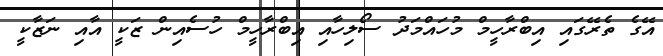
އޭގެ ތެރޭގައި އިބްރާހީމް މުހައްމަދު ސޯލިހާއި އިބްރާހީމް ހުސެއިން ޒަކީ އާއި ނަޒާކީ